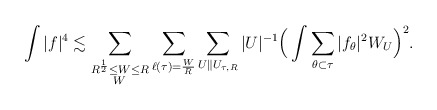
\begin{align*} \int|f|^4\lesssim \sum_{\substack{R^{\frac{1}{2}}\le W\le R\\ W\,}}\sum_{\ell(\tau)=\frac{W}{R}}\sum_{U\|U_{\tau,R}}|U|^{-1}\Big(\int\sum_{\theta\subset\tau}|f_\theta|^2W_U\Big)^2. \end{align*}